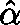
\hat { \mathbf { \alpha } }